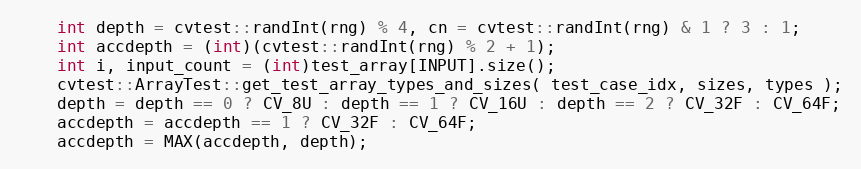
Language: C++
    int depth = cvtest::randInt(rng) % 4, cn = cvtest::randInt(rng) & 1 ? 3 : 1;
    int accdepth = (int)(cvtest::randInt(rng) % 2 + 1);
    int i, input_count = (int)test_array[INPUT].size();
    cvtest::ArrayTest::get_test_array_types_and_sizes( test_case_idx, sizes, types );
    depth = depth == 0 ? CV_8U : depth == 1 ? CV_16U : depth == 2 ? CV_32F : CV_64F;
    accdepth = accdepth == 1 ? CV_32F : CV_64F;
    accdepth = MAX(accdepth, depth);